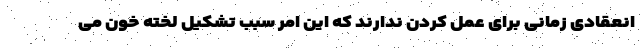
انعقادی زمانی برای عمل کردن ندارند که این امر سبب تشکیل لخته خون می